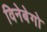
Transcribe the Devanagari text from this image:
विनेबेगो